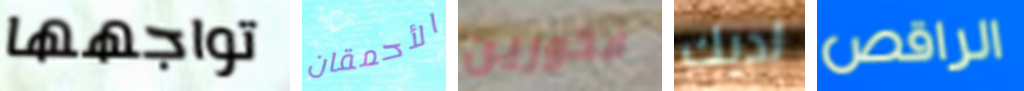
تواجهها الأحمقان فخورين لديك الراقص